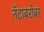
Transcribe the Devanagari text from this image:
नॅटाबरोबर